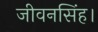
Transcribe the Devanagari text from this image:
जीवनसिंह।